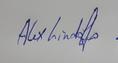
Signature authenticity: genuine